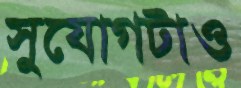
সুযোগটাও